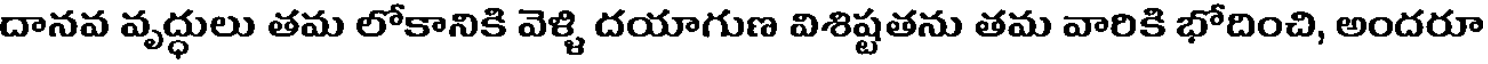
దానవ వృద్ధులు తమ లోకానికి వెళ్ళి దయాగుణ విశిష్టతను తమ వారికి భోదించి, అందరూ